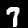
Digit: 7